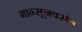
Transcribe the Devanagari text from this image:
मान्सूनवरील